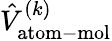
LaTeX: \hat{V}_{\mathrm{atom-mol}}^{(k)}